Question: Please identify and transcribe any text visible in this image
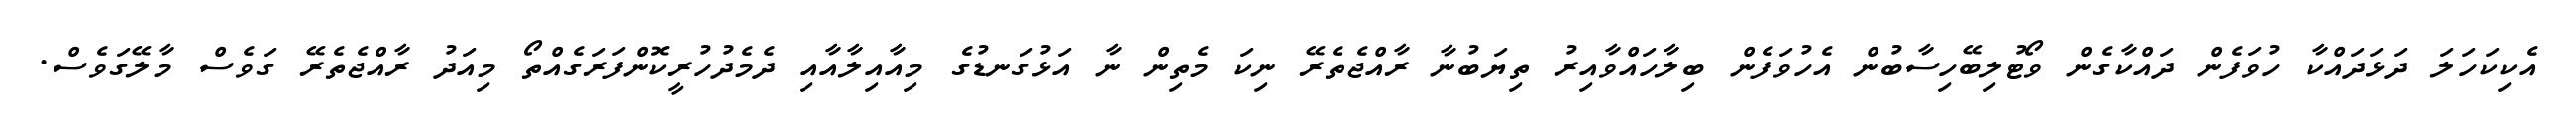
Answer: އެކިކަހަލަ ދަޅަދައްކާ ހުވަފެން ދައްކާގެން ވޯޓުލިބޭހިސާބުން އެހުވަފެން ބިލާހައްވާއިރު ތިޔަބުނާ ރާއްޖެތެރޭ ނިކަ މެތިން ނާ އަޅުގަނޑުގެ މިއާއިލާއާއި ދެމެދުހުރީކޮންފަރަގެއްތޯ މިއަދު ރާއްޖެތެރޭ ގަވެސް މާލޭގަވެސް.